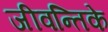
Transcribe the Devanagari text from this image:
जीवन्तिके